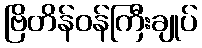
ဗြိတိန်ဝန်ကြီးချုပ်